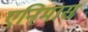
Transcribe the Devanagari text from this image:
एनिमास